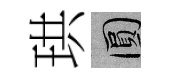
珙圓